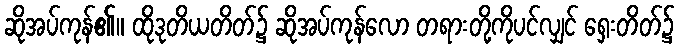
ဆိုအပ်ကုန်၏။ ထိုဒုတိယတိတ်၌ ဆိုအပ်ကုန်လော တရားတို့ကိုပင်လျှင် ရှေးတိတ်၌